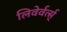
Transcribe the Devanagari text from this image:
लिवेर्वर्त्स्